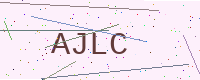
Text: AJLC